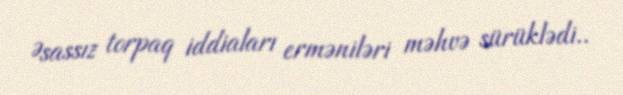
Əsassız torpaq iddiaları erməniləri məhvə sürüklədi..